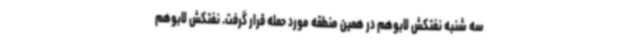
سه شنبه نفتکش لابوهم در همین منطقه مورد حمله قرار گرفت. نفتکش لابوهم